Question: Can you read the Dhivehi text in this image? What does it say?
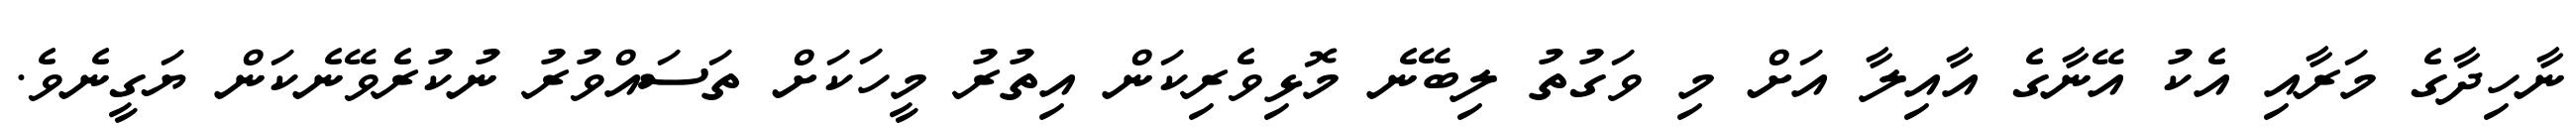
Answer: ނާހިދާގެ މަރާއި އެކު އޭނާގެ އާއިލާ އަށް މި ވަގުތު ލިބޭނެ މޮޅިވެރިކަން އިތުރު މީހަކަށް ތަސައްވުރު ނުކުރެވޭނެކަން ޔަގީނެވެ.